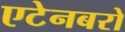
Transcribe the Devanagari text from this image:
एटेनबरो